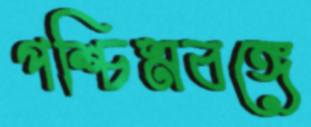
পশ্চিমবঙ্গে